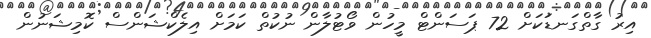
އިރު ގާތްގަނޑަކަށް 72 ޕަސަންޓް މީހުން ވޯޓުލާން ނުކުތް ކަމަށް އިލެކްޝަންސް ކޮމިޝަނުން